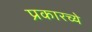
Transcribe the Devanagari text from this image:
प्रकारच्ये